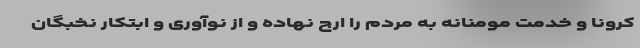
کرونا و خدمت مومنانه به مردم را ارج نهاده و از نوآوری و ابتکار نخبگان